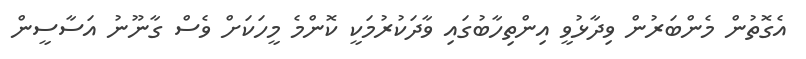
އެގޮތުން މެންބަރުން ވިދާޅުވީ އިންތިހާބުގައި ވާދަކުރުމަކީ ކޮންމެ މީހަކަށް ވެސް ގާނޫނު އަސާސީން